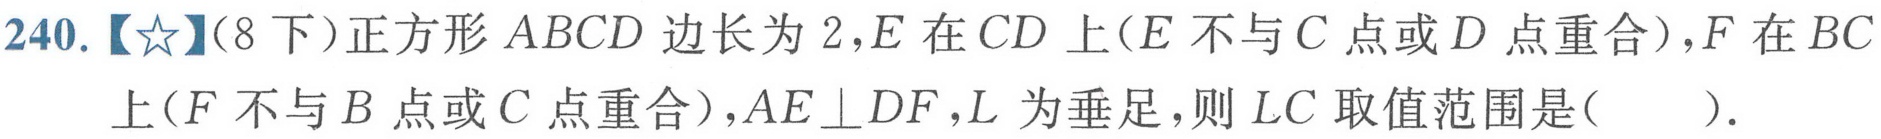
240.【☆】(8下)正方形$ABCD$边长为$2$,$E$在$CD$上($E$不与$C$点或$D$点重合),$F$在$BC$上($F$不与$B$点或$C$点重合),$AE\perp DF$,$L$为垂足,则$LC$取值范围是( ).